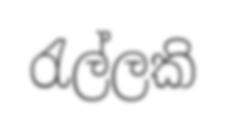
රැල්ලකි